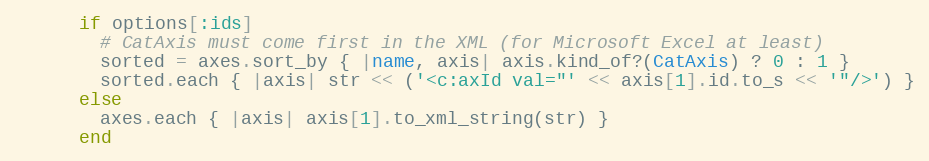
Language: Ruby
      if options[:ids]
        # CatAxis must come first in the XML (for Microsoft Excel at least)
        sorted = axes.sort_by { |name, axis| axis.kind_of?(CatAxis) ? 0 : 1 }
        sorted.each { |axis| str << ('<c:axId val="' << axis[1].id.to_s << '"/>') }
      else
        axes.each { |axis| axis[1].to_xml_string(str) }
      end